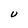
Character: U